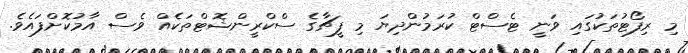
މި ރިފޯޓުތަކުގައި ވަނީ ޓެސްޓް ކުރަމުންދިޔަ މި ފީޗާގެ ސްކްރީންޝޮޓްތަކެއް ވެސް އާމުކޮށްފައެވެ.